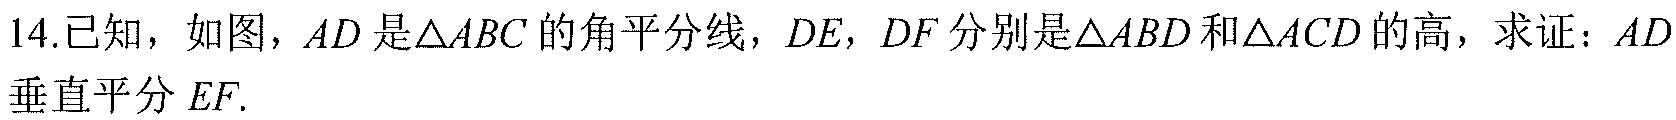
14.已知，如图，\(AD\)是\(\triangle ABC\)的角平分线，\(DE\)，\(DF\)分别是\(\triangle ABD\)和\(\triangle ACD\)的高，求证：\(AD\)垂直平分 \(EF\).